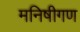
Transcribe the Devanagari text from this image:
मनिषीगण